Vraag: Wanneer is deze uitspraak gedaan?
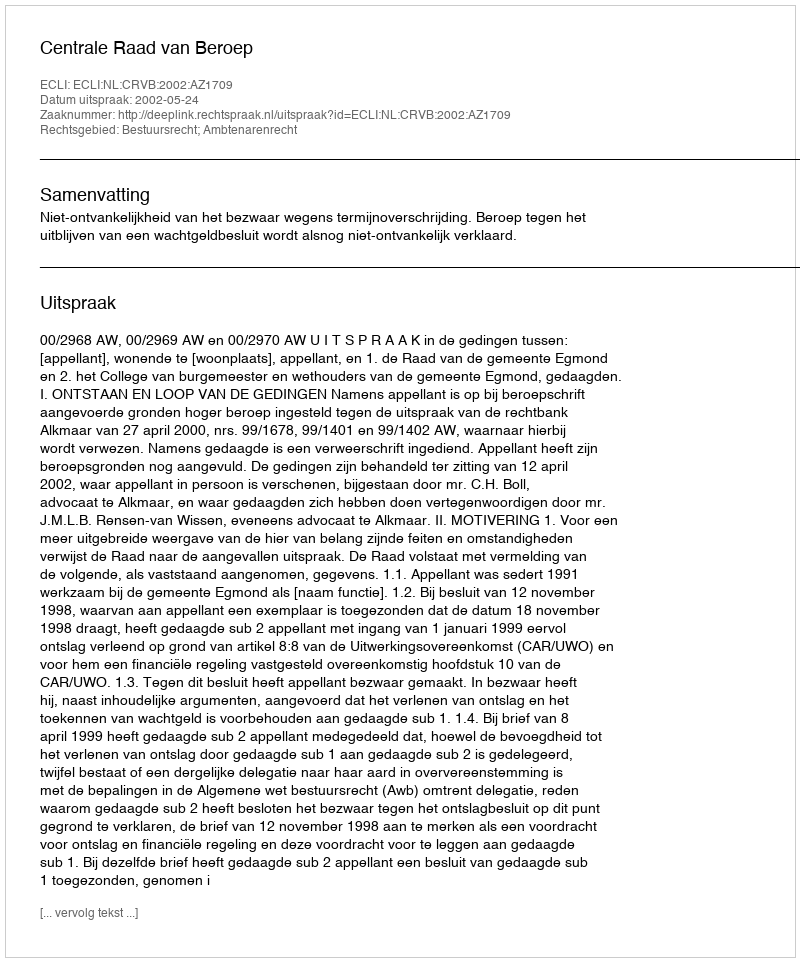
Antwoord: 2002-05-24